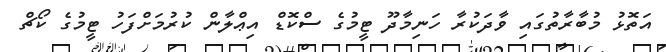
އަތޮޅު މުބާރާތުގައި ވާދަކުރާ ހަނިމާދޫ ޓީމުގެ ސްކޮޑް އިޢްލާން ކުރުމަށްފަހު ޓީމުގެ ކޯޗް